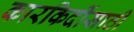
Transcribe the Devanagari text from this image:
कारकिर्दीसाठी